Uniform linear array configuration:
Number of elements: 48
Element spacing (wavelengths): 1
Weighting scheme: exponential
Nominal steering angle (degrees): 15
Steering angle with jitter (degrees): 13.772
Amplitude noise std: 0.05
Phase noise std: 0.05

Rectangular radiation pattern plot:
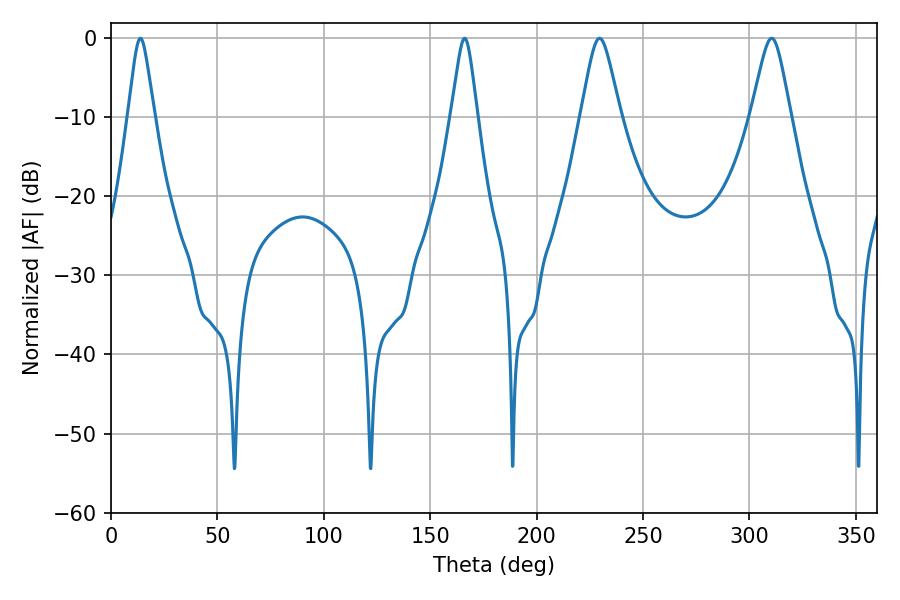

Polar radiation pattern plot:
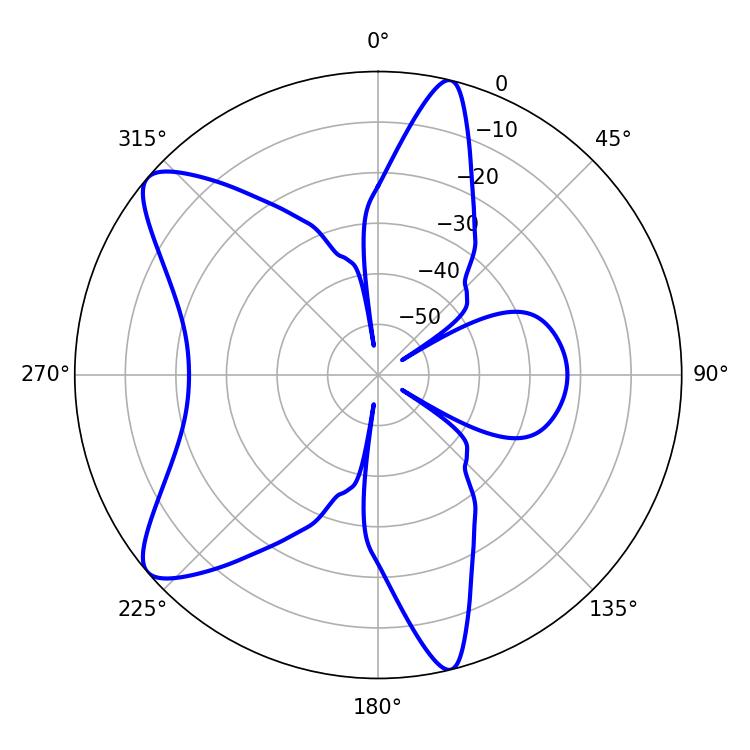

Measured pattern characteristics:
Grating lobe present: TRUE
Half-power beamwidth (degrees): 5.76
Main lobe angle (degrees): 13.86